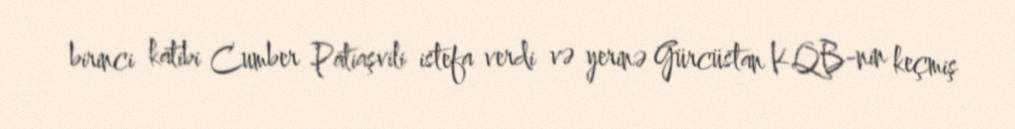
birinci katibi Cumber Patiaşvili istefa verdi və yerinə Gürcüstan KQB-nin keçmiş